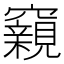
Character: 𥨾